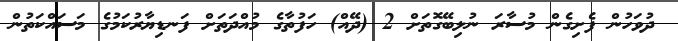
ދުވަހުން ފެށިގެން މުސާރަ ނުލިބޭގޮތަށް 2 (ދޭއް) ހަފުތާގެ މުއްދަތަށް ފަނޑިޔާރުކަމުގެ މަސައްކަތުން